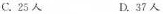
C.25人 D.37人